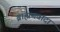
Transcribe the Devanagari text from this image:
ब्राह्मणवादा